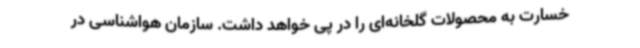
خسارت به محصولات گلخانه‌ای را در پی خواهد داشت. سازمان هواشناسی در